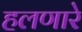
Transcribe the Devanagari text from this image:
हलणारे